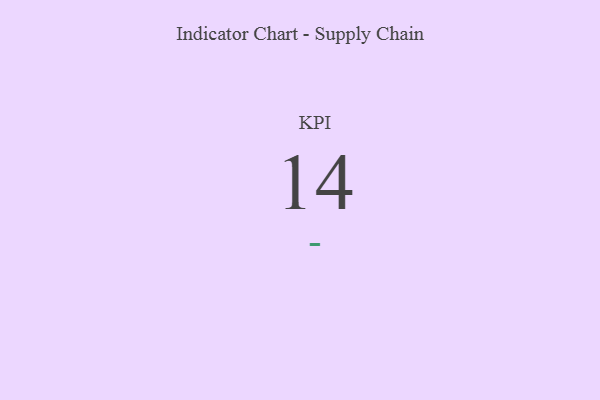
{"axis": {"x": "KPI", "y": "Value"}, "legend": [""], "data": [{"x": "KPI", "y": 14, "type": ""}]}